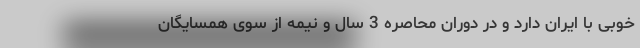
خوبی با ایران دارد و در دوران محاصره 3 سال و نیمه از سوی همسایگان